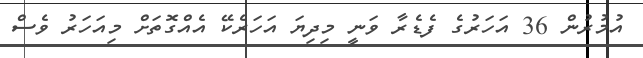
އުމުރުން 36 އަހަރުގެ ފެޑެރާ ވަނީ މިދިޔަ އަހަރެކޭ އެއްގޮތަށް މިއަހަރު ވެސް